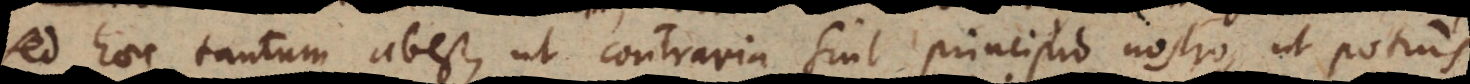
sed haec tantum abest, ut contraria sint principio nostro, ut potius